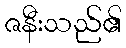
ဇနီးသည်၏